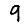
Digit: 9